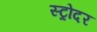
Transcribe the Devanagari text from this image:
स्ट्रोदर